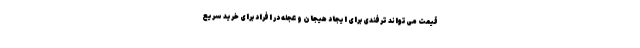
قیمت می‌تواند ترفندی برای ایجاد هیجان و عجله در افراد برای خرید سریع